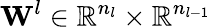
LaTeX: \mathbf{W}^{l}\in\mathbb{R}^{n_{l}}\times\mathbb{R}^{n_{l-1}}